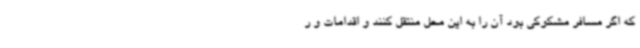
که اگر مسافر مشکوکی بود آن را به این محل منتقل کنند و اقدامات و ر